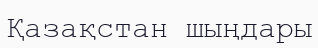
Қазақстан шыңдары